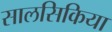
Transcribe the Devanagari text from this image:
सालसिकिया